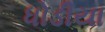
ધોડીયા